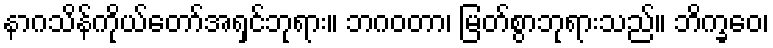
နာဂသိန်ကိုယ်တော်အရှင်ဘုရား။ ဘဂဝတာ၊ မြတ်စွာဘုရားသည်။ ဘိက္ခဝေ၊